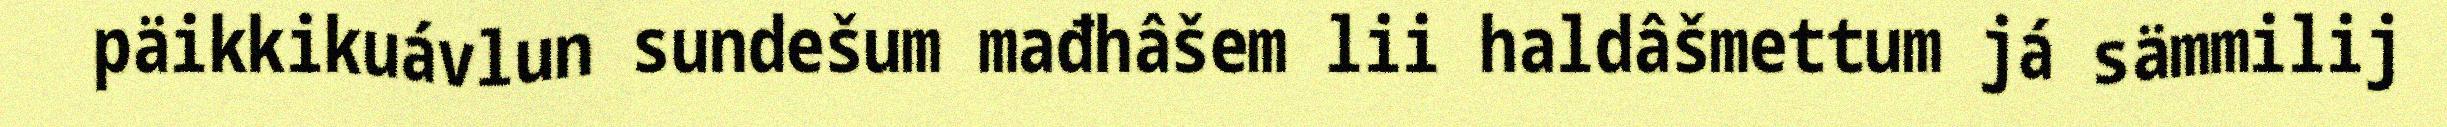
päikkikuávlun sundešum mađhâšem lii haldâšmettum já sämmilij